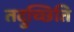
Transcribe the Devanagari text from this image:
तदुच्छिति